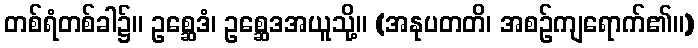
တစ်ရံတစ်ခါ၌။ ဥစ္ဆေဒံ၊ ဥစ္ဆေဒအယူသို့။ (အနုပတတိ၊ အစဉ်ကျရောက်၏။)